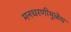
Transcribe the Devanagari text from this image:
मनधरणीमुळेच